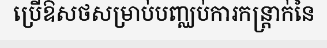
ប្រើឱសថសម្រាប់បញ្ឈប់ការកន្ត្រាក់នៃ